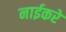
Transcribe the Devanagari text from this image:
नाईकरे